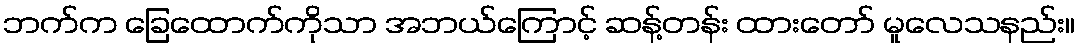
ဘက်က ခြေထောက်ကိုသာ အဘယ်ကြောင့် ဆန့်တန်း ထားတော် မူလေသနည်း။